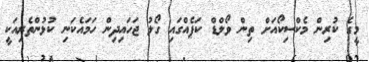
މީގެ ކުރިން މެކްސިކޯއަށް ތިން ވޯލްޑް ކަޕެއްގައި ގޯލު ޖަހައިދިން ހަމައެކަނި ކުޅުންތެރިއަކީ